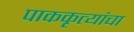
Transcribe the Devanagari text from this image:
पाककृत्यांचा